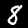
Label: 8